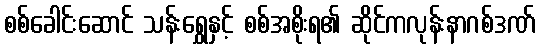
စစ်ခေါင်းဆောင် သန်းရွှေနှင့် စစ်အစိုးရ၏ ဆိုင်ကလုန်းနာဂစ်ဒဏ်